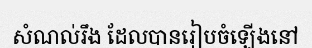
សំណល់រឹង ដែលបានរៀបចំឡើងនៅ